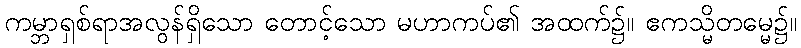
ကမ္ဘာရှစ်ရာအလွန်ရှိသော တောင့်သော မဟာကပ်၏ အထက်၌။ ဧကသ္မိတမ္မေ၌။